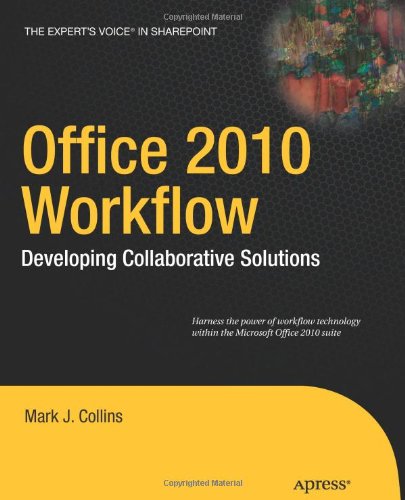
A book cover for Office 2010 Workflow: Developing Collaborative Solutions (Expert's Voice in Sharepoint); Mark J. Collins; Computers & Technology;